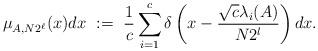
LaTeX: \begin{align*} \mu_{A,N2^\ell}(x)dx \ := \ \frac{1}{c}\sum_{i = 1}^{c}\delta \left( x - \frac{\sqrt{c}\lambda_i(A)}{N2^l} \right)dx. \end{align*}